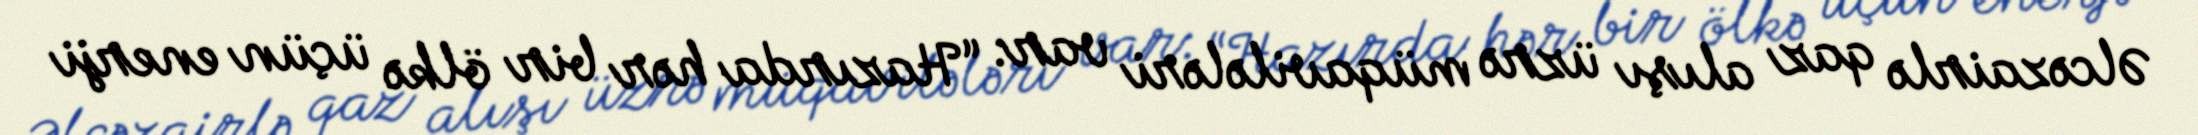
Əlcəzairlə qaz alışı üzrə müqavilələri var: “Hazırda hər bir ölkə üçün enerji